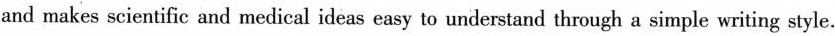
and makes scientific and medical ideas easy to understand through a simple writing style.